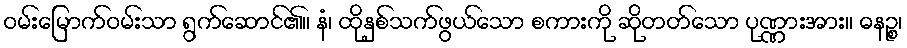
ဝမ်းမြောက်ဝမ်းသာ ရွက်ဆောင်၏။ နံ၊ ထိုနှစ်သက်ဖွယ်သော စကားကို ဆိုတတ်သော ပုဏ္ဏားအား။ ဓနဉ္စ၊